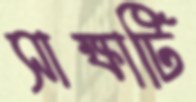
সাক্ষাটি